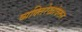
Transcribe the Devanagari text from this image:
व्यक्तिरेखांवरून